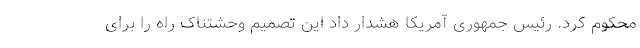
محکوم کرد. رئیس جمهوری آمریکا هشدار داد این تصمیم وحشتناک راه را برای